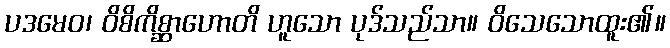
ပဒမေဝ၊ ဝိစိကိစ္ဆာဟောတိ ဟူသော ပုဒ်သည်သာ။ ဝိသေသောထူး၏။